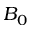
B _ { 0 }